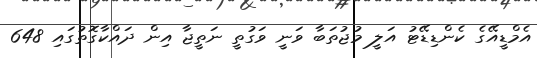
އެމްޑީއޭގެ ކެންޑިޑޭޓު އަލީ މުޖުތަބާ ވަނީ ވަގުތީ ނަތީޖާ އިން ދައްކާގޮތުގައި 648